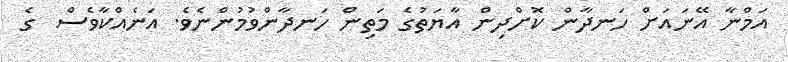
އަމްނާ އޭނައަށް ހަނދާން ކޮށްދިން އާޔަތުގެ މަތިން ހަނދާންވުމުންނެވެ. އަނެއްކާވެސް  ގެ